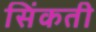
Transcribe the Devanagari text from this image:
सिंकती